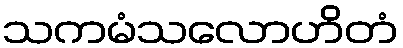
သကမံသလောဟိတံ